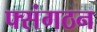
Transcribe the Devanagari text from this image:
फ्संगठन